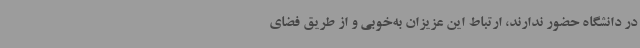
در دانشگاه حضور ندارند، ارتباط این عزیزان به‌خوبی و از طریق فضای